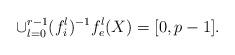
LaTeX: \begin{align*} \cup_{l=0}^{r-1} (f_i^l)^{-1} f_e^l(X) = [0,p-1]. \end{align*}